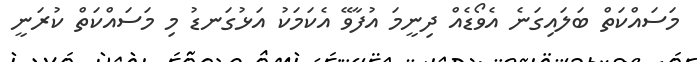
މަސައްކަތް ބަލައިގަނެ އެވޯޑެއް ދިނީމަ އުފާވޭ އެކަމަކު އަޅުގަނޑު މި މަސައްކަތް ކުރަނީ